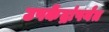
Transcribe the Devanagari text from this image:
उपकेंद्रांपर्यंत